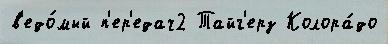
в'едо́мый п'ер'едач2 Тайг'ерз Колора́до